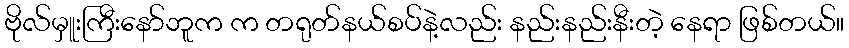
ဗိုလ်မှူးကြီးနော်ဘူက က တရုတ်နယ်စပ်နဲ့လည်း နည်းနည်းနီးတဲ့ နေရာ ဖြစ်တယ်။